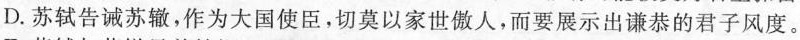
D.苏轼告诫苏辙，作为大国使臣，切莫以家世傲人，而要展示出谦恭的君子风度。